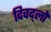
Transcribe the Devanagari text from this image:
दिवद्लो